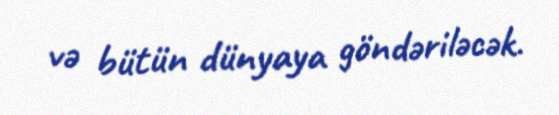
və bütün dünyaya göndəriləcək.